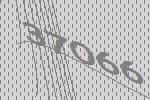
37066